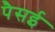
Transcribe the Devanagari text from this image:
पैसई